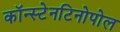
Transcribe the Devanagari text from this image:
कॉन्स्टेनटिनोपोल